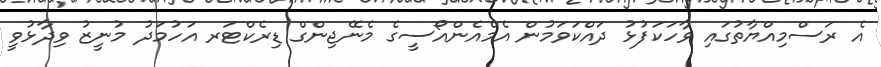
އެ ރަސްމިއްޔާތުގައި ވާހަކަފުޅު ދައްކަވަމުން އެމްއެންއޯސީގެ މެނޭޖިންގް ޑިރެކްޓަރ އަހުމަދު މުނީޒު ވިދާޅުވީ